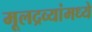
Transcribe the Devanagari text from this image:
मूलद्रव्यांमध्ये